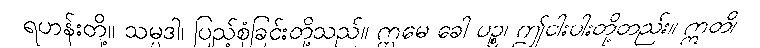
ရဟန်းတို့။ သမ္ပဒါ၊ ပြည့်စုံခြင်းတို့သည်။ ဣမေ ခေါ ပဉ္စ၊ ဤငါးပါးတို့တည်း။ ဣတိ၊